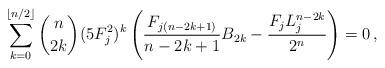
LaTeX: \begin{align*}\sum_{k=0}^{\lfloor{n}/{2}\rfloor}\binom{n}{2k} (5F_j^2)^k\left(\frac{F_{j(n-2k+1)}}{n-2k+1}{B_{2k}}-\frac{F_jL_j^{n-2k}}{2^n}\right) = 0\,,\end{align*}